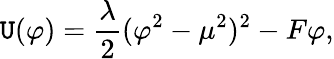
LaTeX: \mathtt{U}(\varphi)={\frac{{\lambda}}{{2}}}(\varphi^{2}-\mu^{2})^{2}-F\varphi,